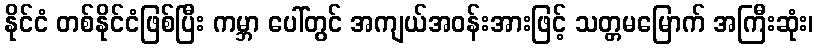
နိုင်ငံ တစ်နိုင်ငံဖြစ်ပြီး ကမ္ဘာ ပေါ်တွင် အကျယ်အဝန်းအားဖြင့် သတ္တမမြောက် အကြီးဆုံး၊